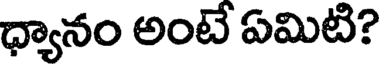
ధ్యానం అంటే ఏమిటి?